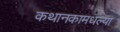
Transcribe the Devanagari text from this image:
कथानकामधल्या